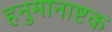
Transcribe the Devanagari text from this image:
हनुमानाष्टक